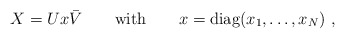
\begin{align*}X = Ux\bar V \qquad {\rm with} \qquad x = {\rm diag}(x_1,\ldots,x_N) \ ,\end{align*}